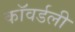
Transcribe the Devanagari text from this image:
कॉवर्डली